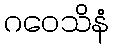
ဂဝေသိနံ